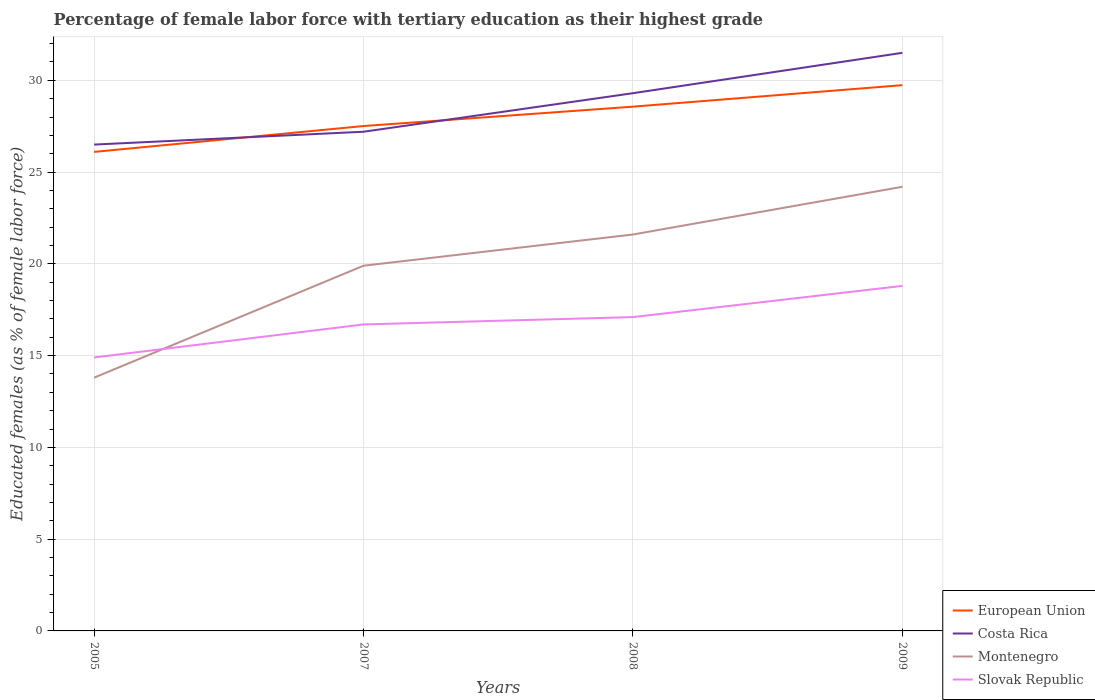
| Years | European Union | Costa Rica | Montenegro | Slovak Republic |
 | --- | --- | --- | --- | --- |
 | 2005 | 26.1 | 26.5 | 13.8 | 14.9 |
 | 2007 | 27.5 | 27.2 | 19.9 | 16.7 |
 | 2008 | 28.6 | 29.3 | 21.6 | 17.1 |
 | 2009 | 29.7 | 31.5 | 24.2 | 18.8 |